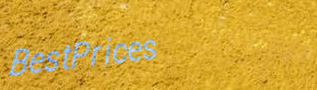
BestPrices